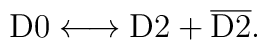
{\rm D0} \longleftrightarrow {\rm D2} + {\overline {\rm D2}}.